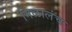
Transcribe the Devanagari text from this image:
मिळालंच